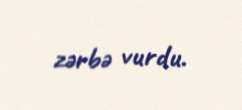
zərbə vurdu.